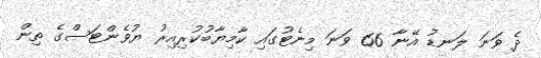
ދެ ވަނަ ލަނޑު އޭނާ 66 ވަނަ މިނެޓުގައި ކާމިޔާބުކުރިއިރު ޔުވެންޓަސްގެ ތިން